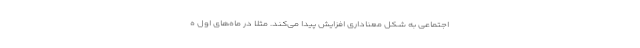
اجتماعی به شکل معناداری افزایش پیدا می‌کند. مثلا در ماه‌های اول ه